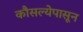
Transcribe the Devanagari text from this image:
कौसल्येपासून